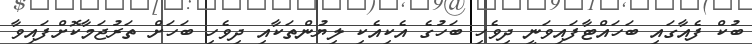
ބުކް ފެއާގައި ބަހައްޓާފައިވަނީ ދިވެހި ބަހުގެ އެކިއެކި ލިޔުންތަކާއި ދިވެހި ބަހަށް ތަރުޖަމާކޮށްފައިވާ